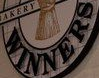
WINNERS